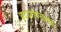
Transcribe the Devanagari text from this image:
हृदयरोगनाशक